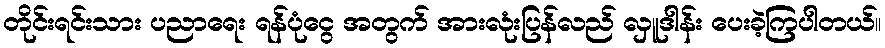
တိုင်းရင်းသား ပညာရေး ရန်ပုံငွေ အတွက် အားလုံးပြန်လည် လှူဒါန်း ပေးခဲ့ကြပါတယ်။